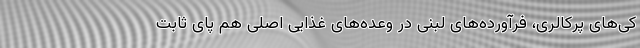
کی‌های پرکالری، فرآورده‌های لبنی در وعده‌های غذایی اصلی هم پای ثابت